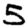
Digit: 5